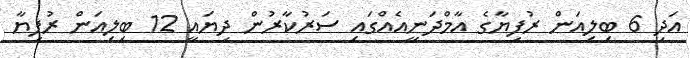
އަދި 6 ބިލިއަން ރުފިޔާގެ އާމްދަނީއެއްގައި ސަރުކާރުން ދިޔައީ 12 ބިލިއަން ރުފިޔާ